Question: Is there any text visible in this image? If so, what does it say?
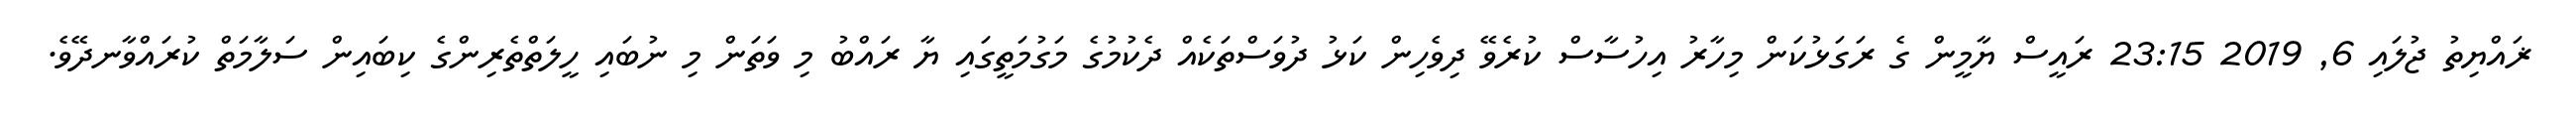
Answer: ޜައްޔިތު ޖުލައި 6, 2019 23:15 ރައީސް ޔާމީން ގެ ރަގަޅުކަން މިހާރު އިހުސާސް ކުރެވޭ ދިވެހިން ކަޅު ދުވަސްތަކެއް ދެކުމުގެ މަގުމަތީގައި ޔާ ރައްބު މި ވަތަން މި ނުބައި ހީލަތްތެރިންގެ ކިބައިން ސަލާމަތް ކުރައްވާނދޭވެ.